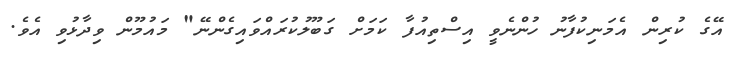
އޭގެ ކުރިން އެމަނިކުފާނު ހުންނެވީ އިސްތިއުފާ ކަމަށް ގަބޫލުކުރައްވައިގެންނޭ" މައުމޫން ވިދާޅުވި އެވެ.